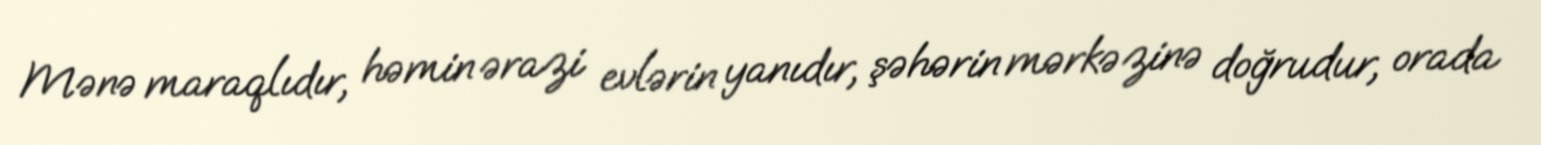
Mənə maraqlıdır, həmin ərazi evlərin yanıdır, şəhərin mərkəzinə doğrudur, orada